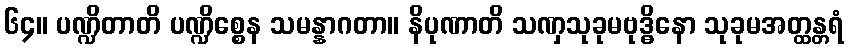
၆၄။ ပဏ္ဍိတာတိ ပဏ္ဍိစ္စေန သမန္နာဂတာ။ နိပုဏာတိ သဏှသုခုမဗုဒ္ဓိနော သုခုမအတ္ထန္တရံ